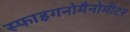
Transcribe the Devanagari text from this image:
स्फाइगनोमैनोमीटर